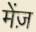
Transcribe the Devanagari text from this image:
मेंज़